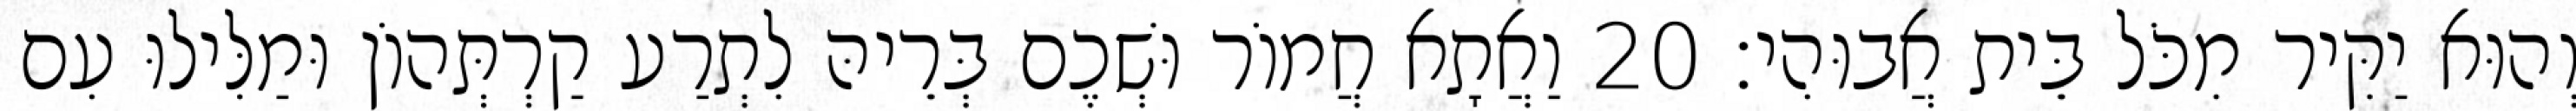
וְהוּא יַקִּיר מִכֹּל בֵּית אֲבוּהִי׃ 20 וַאֲתָא חֲמוֹר וּשְׁכֶם בְּרֵיהּ לִתְרַע קַרְתְּהוֹן וּמַלִּילוּ עִם